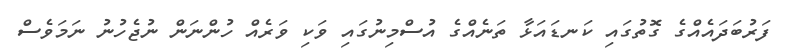
ފަރުބަދައެއްގެ ގޮތުގައި ކަނޑައަޅާ ތަނެއްގެ އުސްމިނުގައި ވަކި ވަރެއް ހުންނަން ނުޖެހުނު ނަމަވެސް